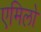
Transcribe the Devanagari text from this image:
एमिलो